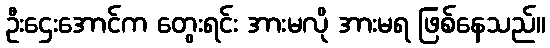
ဦးဌေးအောင်က တွေးရင်း အားမလို အားမရ ဖြစ်နေသည်။